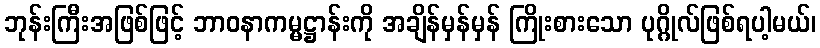
ဘုန်းကြီးအဖြစ်ဖြင့် ဘာဝနာကမ္မဋ္ဌာန်းကို အချိန်မှန်မှန် ကြိုးစားသော ပုဂ္ဂိုလ်ဖြစ်ရပါ့မယ်၊